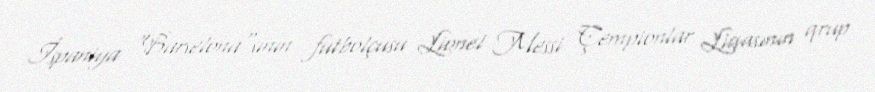
İspaniya "Barselona"sının futbolçusu Lionel Messi Çempionlar Liqasının qrup